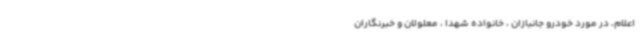
اعلام، در مورد خودرو جانبازان ، خانواده شهدا ، معلولان و خبرنگاران